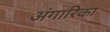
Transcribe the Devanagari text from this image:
अंगारिका